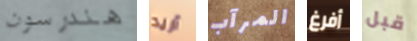
هندرسون أريد المرآب أفرغ قبل